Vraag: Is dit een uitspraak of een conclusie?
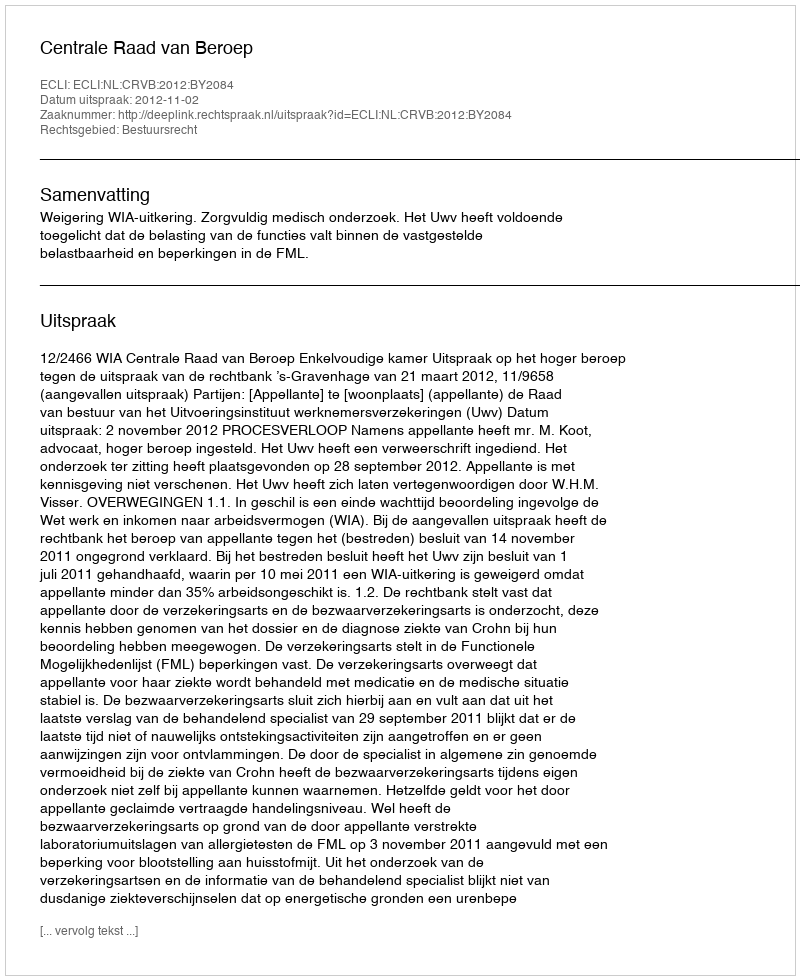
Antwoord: Uitspraak